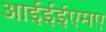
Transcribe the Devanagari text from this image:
आईईईएमए